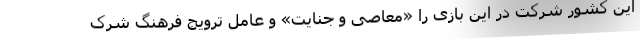
این کشور شرکت در این بازی را «معاصی و جنایت» و عامل ترویج فرهنگ شرک